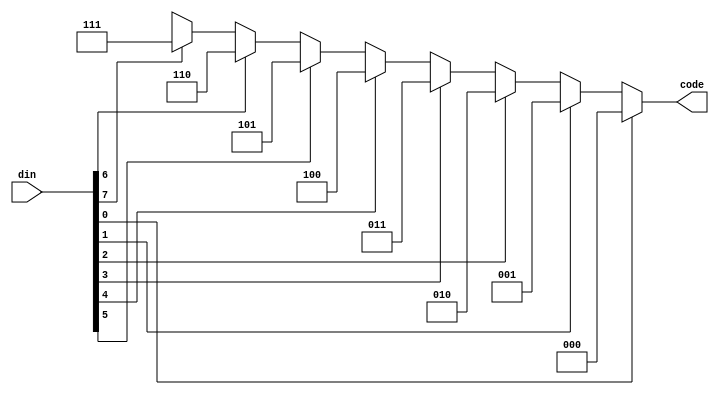
module encoder (code, din);
  input [7:0] din;
  output [2:0] code;
  assign code =(din[0] ==1'b1) ? 3'b000:
               (din[1] ==1'b1) ? 3'b001:
               (din[2] ==1'b1) ? 3'b010:
               (din[3] ==1'b1) ? 3'b011:
               (din[4] ==1'b1) ? 3'b100:
               (din[5] ==1'b1) ? 3'b101:
               (din[6] ==1'b1) ? 3'b110:
               (din[7] ==1'b1) ? 3'b111:
               (din[0] ==1'b0) ? 3'bxxx:3'b000;
                
               
endmodule